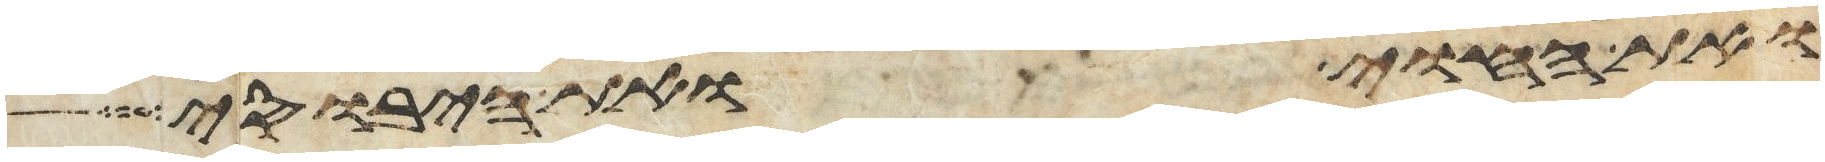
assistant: ואת החוי ואת היבוסי